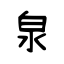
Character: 泉